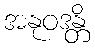
အနုဝဒန္တိ